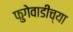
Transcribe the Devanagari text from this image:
फुगेवाडीच्या